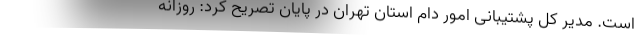
است. مدیر کل پشتیبانی امور دام استان تهران در پایان تصریح کرد: روزانه